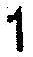
1